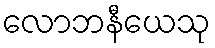
လောဘနီယေသု